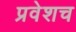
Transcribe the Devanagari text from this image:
प्रवेशच